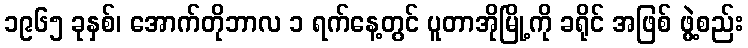
၁၉၆၅ ခုနှစ်၊ အောက်တိုဘာလ ၁ ရက်နေ့တွင် ပူတာအိုမြို့ကို ခရိုင် အဖြစ် ဖွဲ့စည်း